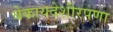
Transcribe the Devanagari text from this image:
बेकायदेशीरपणा